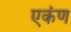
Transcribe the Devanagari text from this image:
एकंण